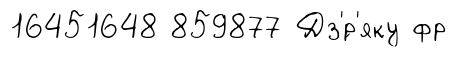
16451648 859877 Дз'́р'яку фр